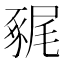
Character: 𧱧